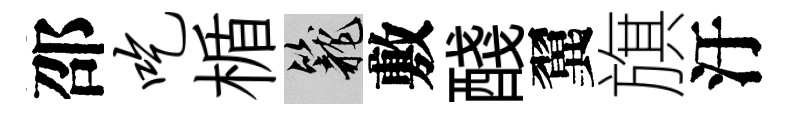
邵吃楯籠敷醆翼旗汙